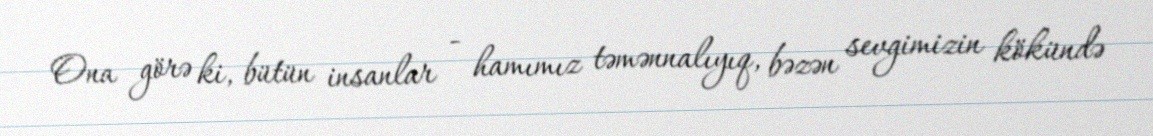
Ona görə ki, bütün insanlar - hamımız təmənnalıyıq, bəzən sevgimizin kökündə